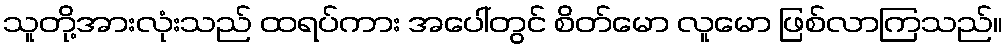
သူတို့အားလုံးသည် ထရပ်ကား အပေါ်တွင် စိတ်မော လူမော ဖြစ်လာကြသည်။